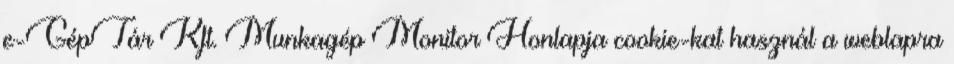
e-GépTár Kft. Munkagép Monitor Honlapja cookie-kat használ a weblapra